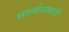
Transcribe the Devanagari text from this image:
सालोनबारी